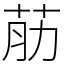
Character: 荕